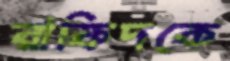
রাফিদকে